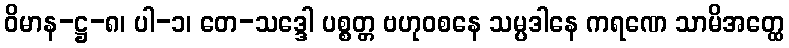
ဝိမာန-ဋ္ဌ-၈၊ ပါ-၁၊ တေ-သဒ္ဒေါ ပစ္စတ္တ ဗဟုဝစနေ သမ္ပဒါနေ ကရဏေ သာမိအတ္ထေ